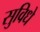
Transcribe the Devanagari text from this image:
सुविधे